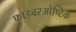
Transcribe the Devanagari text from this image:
फाइबरओप्टिक